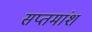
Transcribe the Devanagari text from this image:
सप्तमांश